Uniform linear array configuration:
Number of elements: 64
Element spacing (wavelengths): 1
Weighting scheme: uniform
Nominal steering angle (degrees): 15
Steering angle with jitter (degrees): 14.981
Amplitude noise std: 0.05
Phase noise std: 0.05

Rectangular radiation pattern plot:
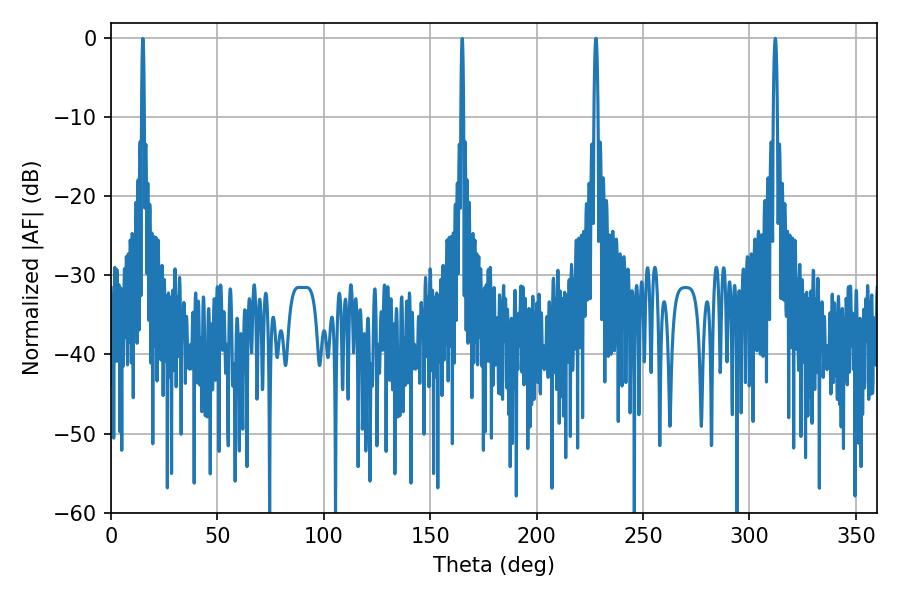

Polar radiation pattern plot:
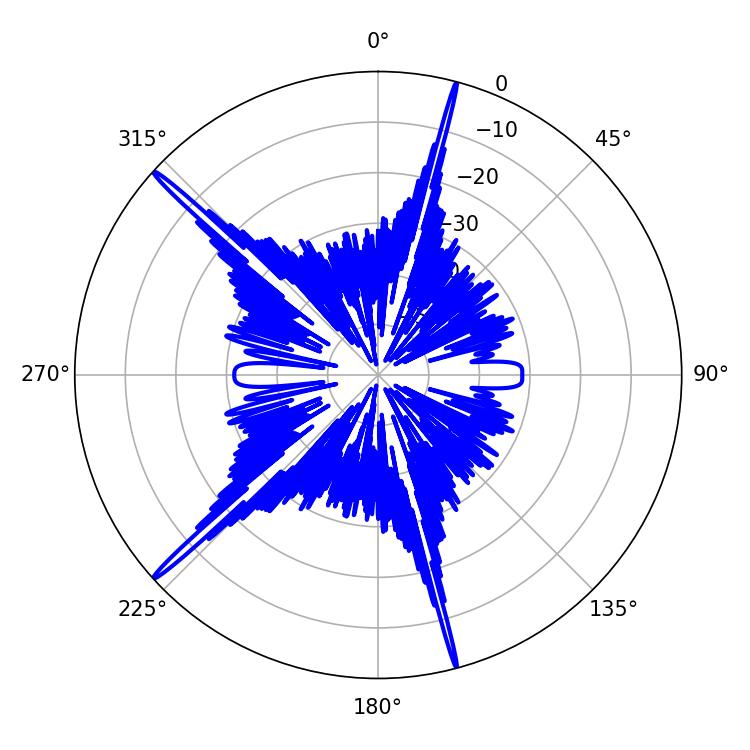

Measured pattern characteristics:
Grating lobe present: TRUE
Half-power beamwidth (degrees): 1.08
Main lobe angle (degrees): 312.12